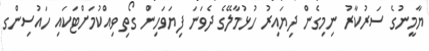
ޔާމީނުގެ ސަރުކާރު ނިމިގެން ދިޔައިރު ހުޅުމާލޭގެ ދެވަނަ ފިޔަވަހިން ގޯތި ވިއްކުމަށްޓަކައި ހައުސިންގ